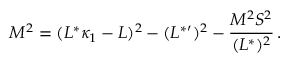
M ^ { 2 } = ( L ^ { * } \kappa _ { 1 } - L ) ^ { 2 } - ( L ^ { * } { } ^ { \prime } ) ^ { 2 } - { \frac { M ^ { 2 } S ^ { 2 } } { ( L ^ { * } ) ^ { 2 } } } \, .